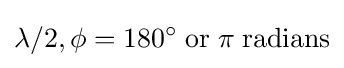
\lambda /2,\phi =180^{\circ }\;{\text{or}}\;\pi \;{\text{radians}}